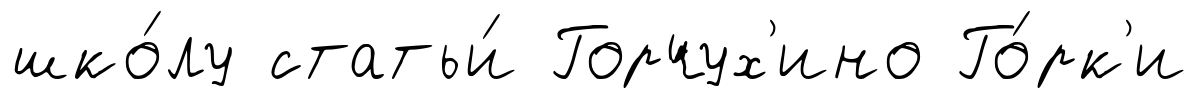
шко́лу статьи́ Горчух'ино Го́рк'и